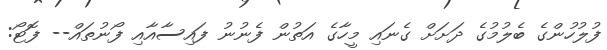
ފުލުހުންގެ ބެލުމުގެ ދަށަށް ގެނައި މީހާގެ އަތުން ފެނުނު ފައިސާއާއި ފޯނުތައް-- ފޮޓޯ: